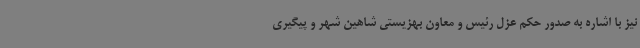
نیز با اشاره به صدور حکم عزل رئیس و معاون بهزیستی شاهین شهر و پیگیری